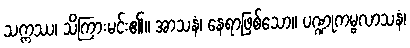
သက္ကဿ၊ သိကြားမင်း၏။ အာသနံ၊ နေရာဖြစ်သော။ ပဏ္ဍုကမ္ဗလာသနံ၊